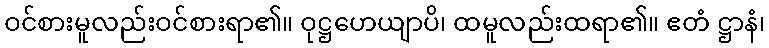
ဝင်စားမူလည်းဝင်စားရာ၏။ ဝုဋ္ဌဟေယျာပိ၊ ထမူလည်းထရာ၏။ ဧတံ ဋ္ဌာနံ၊